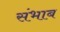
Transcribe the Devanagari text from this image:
संभाब